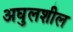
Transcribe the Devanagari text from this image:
अघुलशील